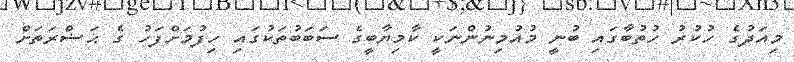
މިއަދުގެ ހުކުރު ހުތުބާގައި ބުނީ މުއުމިނުންނަކީ ކާމިޔާބީގެ ސަބަބުތަކުގައި ހިފުމަށްފަހު ގެ ޙަޟްރަތަށް